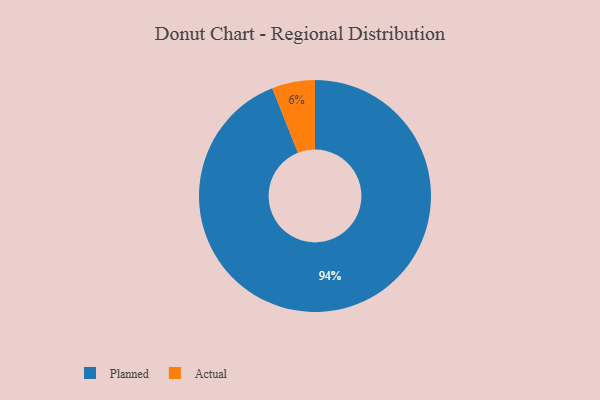
{"axis": {"x": "Category", "y": "Percentage"}, "legend": ["Actual", "Planned"], "data": [{"x": "Actual", "y": 6, "type": "Actual"}, {"x": "Planned", "y": 94, "type": "Planned"}]}